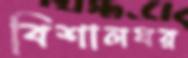
বিশালঘর